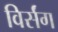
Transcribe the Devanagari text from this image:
विर्संग